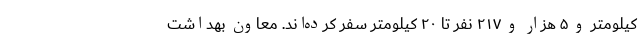
کیلومتر و ۵ هزار و ۲۱۷ نفر تا ۲۰ کیلومتر سفر کرده‌اند. معاون بهداشت